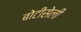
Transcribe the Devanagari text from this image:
बोटीसेली